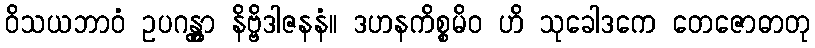
ဝိသယဘာဝံ ဥပဂန္တွာ နိဗ္ဗိဒါဇနနံ။ ဒဟနကိစ္စမိဝ ဟိ သုခေါဒကေ တေဇောဓာတု